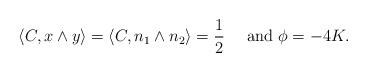
LaTeX: \begin{align*}\langle C, x\wedge y\rangle=\langle C, n_1\wedge n_2\rangle=\frac 12\quad\mbox{ and }\phi=-4K.\end{align*}